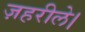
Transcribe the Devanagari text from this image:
ज़हरीले।